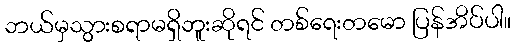
ဘယ်မှသွားစရာမရှိဘူးဆိုရင် တစ်ရေးတမော ပြန်အိပ်ပါ။